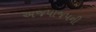
અજપાજપની